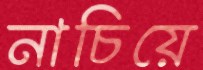
নাচিয়ে